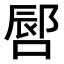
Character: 𪡪